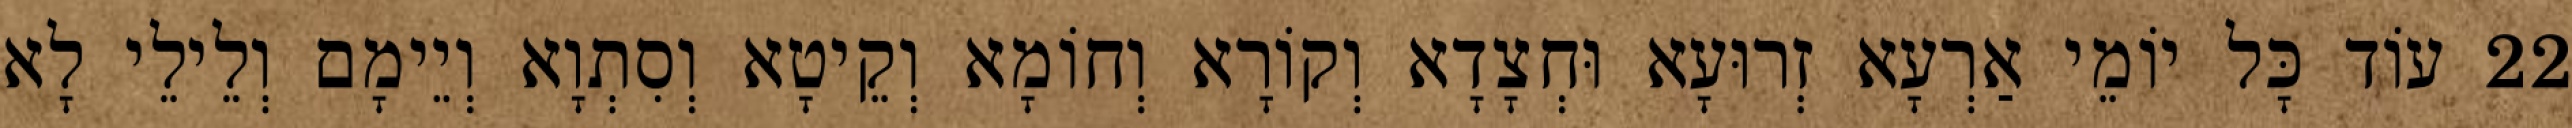
22 עוֹד כָּל יוֹמֵי אַרְעָא זְרוּעָא וּחְצָדָא וְקוֹרָא וְחוֹמָא וְקֵיטָא וְסִתְוָא וְיֵימָם וְלֵילֵי לָא